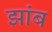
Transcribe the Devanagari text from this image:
झांब